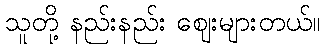
သူတို့ နည်းနည်း ဈေးများတယ်။